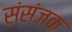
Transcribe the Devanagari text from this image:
संसंजक